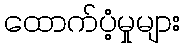
ထောက်ပံ့မှုများ